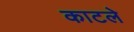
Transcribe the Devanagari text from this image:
काटले